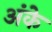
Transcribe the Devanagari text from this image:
अंके